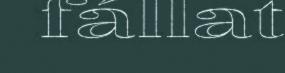
fállat